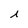
Character: i